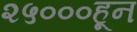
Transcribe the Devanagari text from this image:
२५०००हून